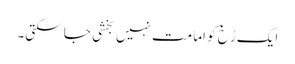
ایک رُخ کو امامت نہیں بخشی جا سکتی۔